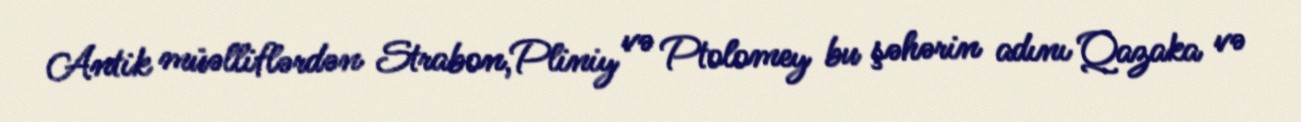
Antik müəlliflərdən Strabon,Pliniy və Ptolomey bu şəhərin adını Qazaka və